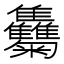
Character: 𩁴